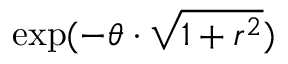
\exp ( - \theta \cdot \sqrt { 1 + r ^ { 2 } } )